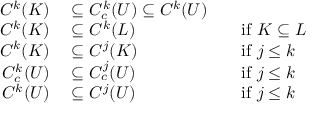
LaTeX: \begin{array} { r l r l } { C ^ { k } ( K ) } & { { } \subseteq C _ { c } ^ { k } ( U ) \subseteq C ^ { k } ( U ) } \\ { C ^ { k } ( K ) } & { { } \subseteq C ^ { k } ( L ) } & { } & { { } { \mathrm { i f ~ } } K \subseteq L } \\ { C ^ { k } ( K ) } & { { } \subseteq C ^ { j } ( K ) } & { } & { { } { \mathrm { i f ~ } } j \leq k } \\ { C _ { c } ^ { k } ( U ) } & { { } \subseteq C _ { c } ^ { j } ( U ) } & { } & { { } { \mathrm { i f ~ } } j \leq k } \\ { C ^ { k } ( U ) } & { { } \subseteq C ^ { j } ( U ) } & { } & { { } { \mathrm { i f ~ } } j \leq k } \end{array}